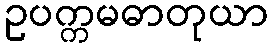
ဥပက္ကမဓာတုယာ